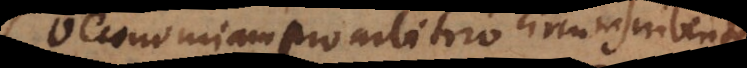
oeconomiam pro arbitrio cirumscribentes